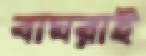
বাঘরাই